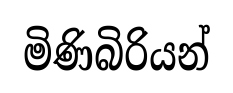
මිණිබිරියන්